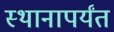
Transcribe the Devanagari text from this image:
स्थानापर्यंत